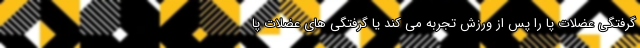
گرفتگی عضلات پا را پس از ورزش تجربه می کند یا گرفتگی های عضلات پا